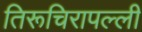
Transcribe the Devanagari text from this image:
तिरूचिरापल्‍ली